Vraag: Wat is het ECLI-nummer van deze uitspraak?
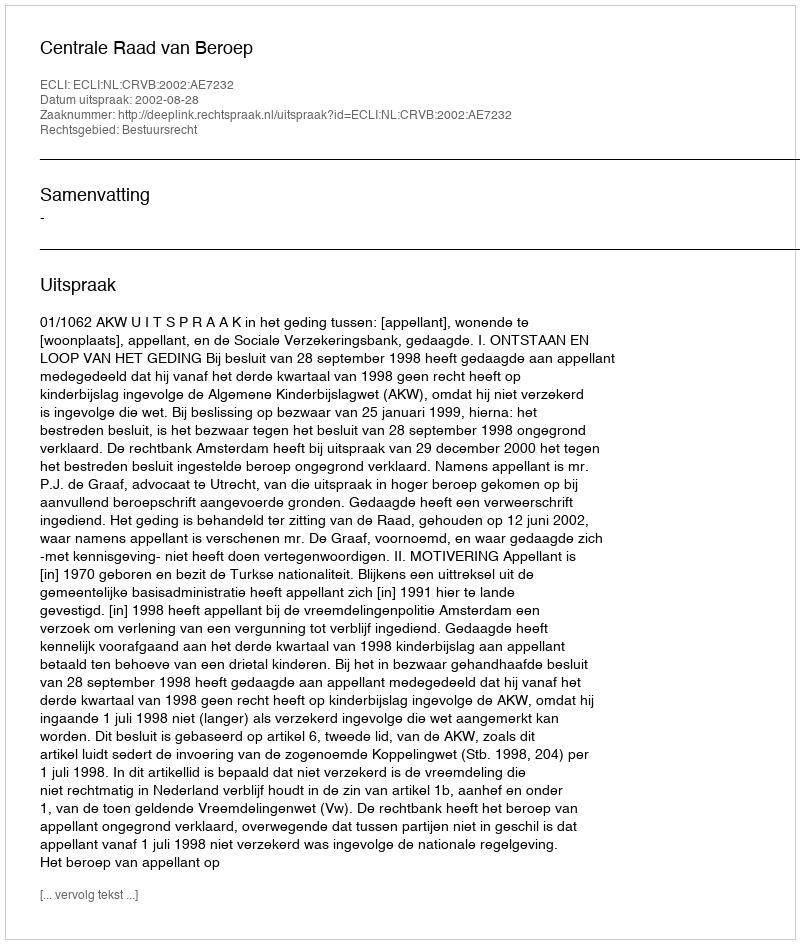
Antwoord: ECLI:NL:CRVB:2002:AE7232